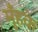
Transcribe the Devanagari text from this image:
मुँहके